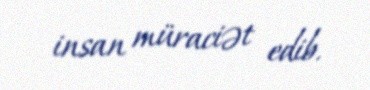
insan müraciət edib.